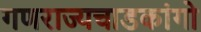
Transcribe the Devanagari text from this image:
गणराज्यचाडकांगो